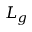
L _ { g }